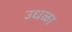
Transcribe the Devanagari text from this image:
उधळा